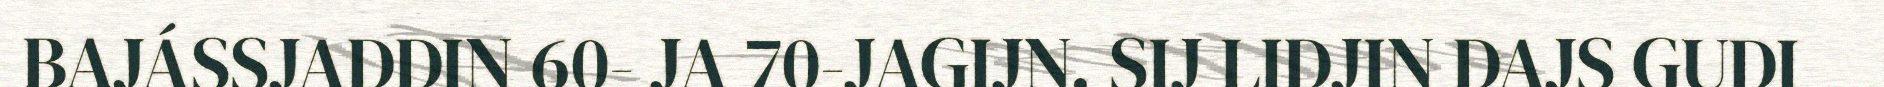
BAJÁSSJADDIN 60- JA 70-JAGIJN. SIJ LIDJIN DAJS GUDI